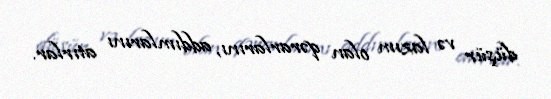
düşür və lazım olan qərarlarını, addımlarını atırlar.